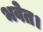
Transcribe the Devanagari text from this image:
भवेत।